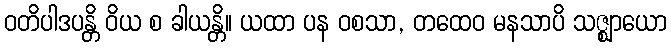
ဝတိပါဒပန္တိ ဝိယ စ ခါယန္တိ။ ယထာ ပန ဝစသာ, တထေဝ မနသာပိ သဇ္ဈာယော